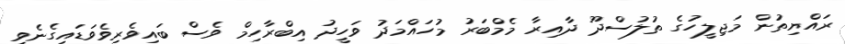
ރައްޔިތުން މަޖިލީހުގެ ތުލުސްދޫ ދާއިރާ މެމްބަރު މުހައްމަދު ވަހީދު އިބްރާހިމް ވެސް ބައިވެރިވެވަޑައިގެނެވި